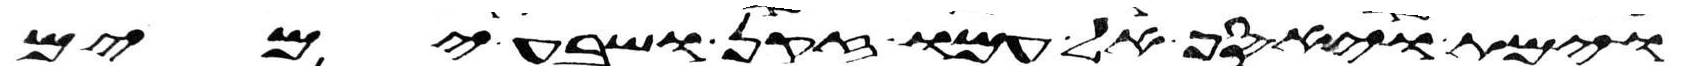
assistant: וימת ויאסף אל עמו זקן ושבע ימים